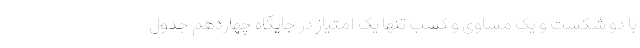
با دو شکست و یک مساوی و کسب تنها یک امتیاز در جایگاه چهاردهم جدول